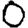
Digit: 0